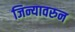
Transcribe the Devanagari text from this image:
जिन्यावरुन